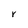
Character: Y